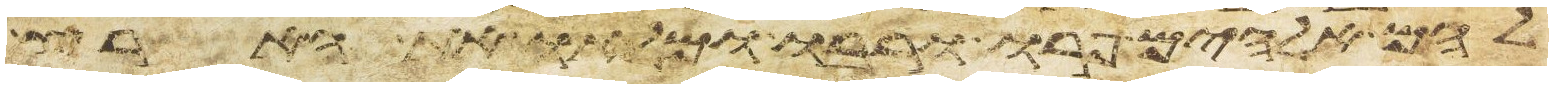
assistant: להם אלהים פרו ורבו ומלאו את הארץ